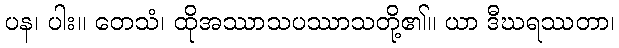
ပန၊ ပါး။ တေသံ၊ ထိုအဿာသပဿာသတို့၏။ ယာ ဒီဃရဿတာ၊